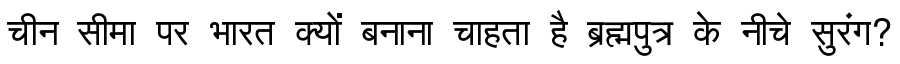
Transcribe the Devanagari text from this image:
चीन सीमा पर भारत क्यों बनाना चाहता है ब्रह्मपुत्र के नीचे सुरंग?